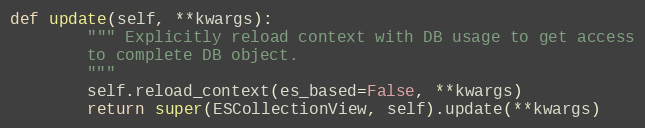
Language: Python
def update(self, **kwargs):
        """ Explicitly reload context with DB usage to get access
        to complete DB object.
        """
        self.reload_context(es_based=False, **kwargs)
        return super(ESCollectionView, self).update(**kwargs)